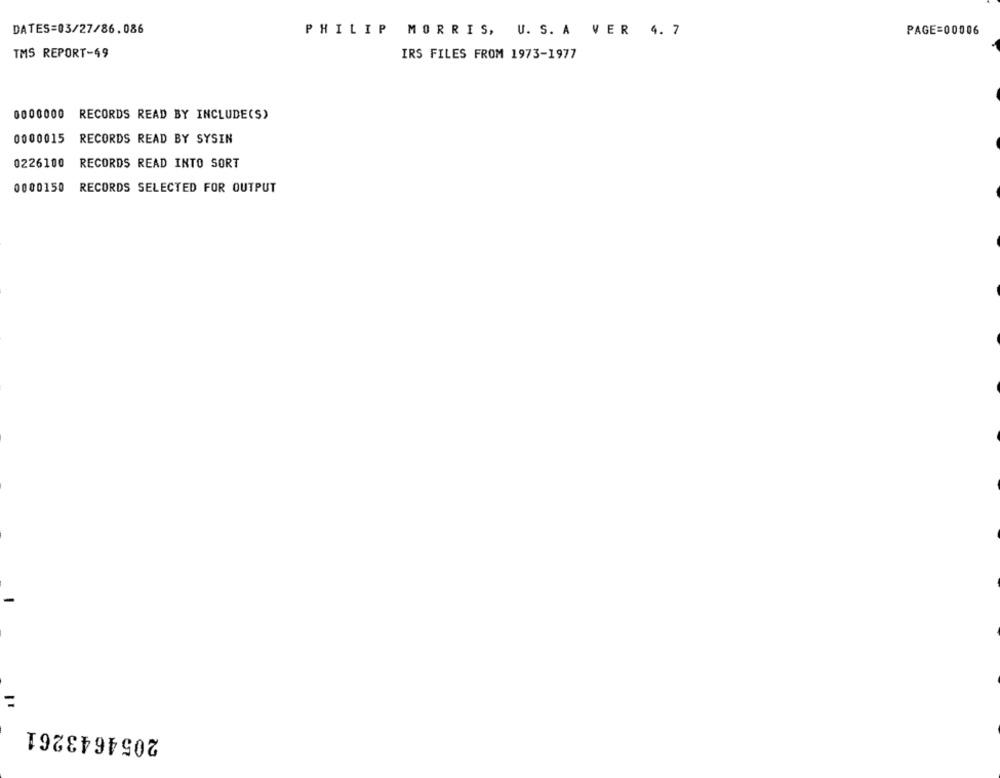
DATES=03/27/86.086
PHILIP MORRIS, U. S. A VER 4. 7
PAGE=00006
TMS REPORT-49
IRS FILES FROM 1973-1977
0000000 RECORDS READ BY INCLUDE(S)
0000015
RECORDS READ BY SYSIN
0226100
RECORDS READ INTO SORT
0000150
RECORDS SELECTED FOR OUTPUT
=
2054643261